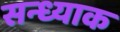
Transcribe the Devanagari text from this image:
सन्ध्याक